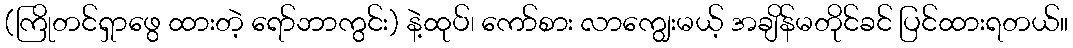
(ကြိုတင်ရှာဖွေ ထားတဲ့ ရော်ဘာကွင်း) နဲ့ထုပ်၊ ကော်စား လာကျွေးမယ့် အချိန်မတိုင်ခင် ပြင်ထားရတယ်။